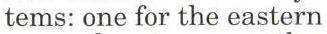
tems: one for the eastern